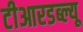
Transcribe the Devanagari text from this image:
टीआरडब्ल्यू